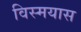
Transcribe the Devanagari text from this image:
विस्मयास